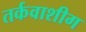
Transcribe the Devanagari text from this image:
तर्कवाशीग